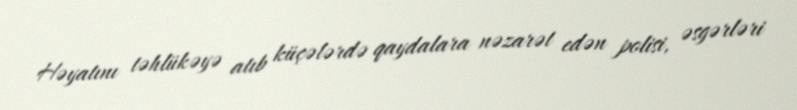
Həyatını təhlükəyə atıb küçələrdə qaydalara nəzarət edən polisi, əsgərləri